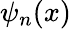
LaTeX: \psi_{n}(x)